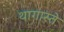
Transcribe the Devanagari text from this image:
थागास्ते